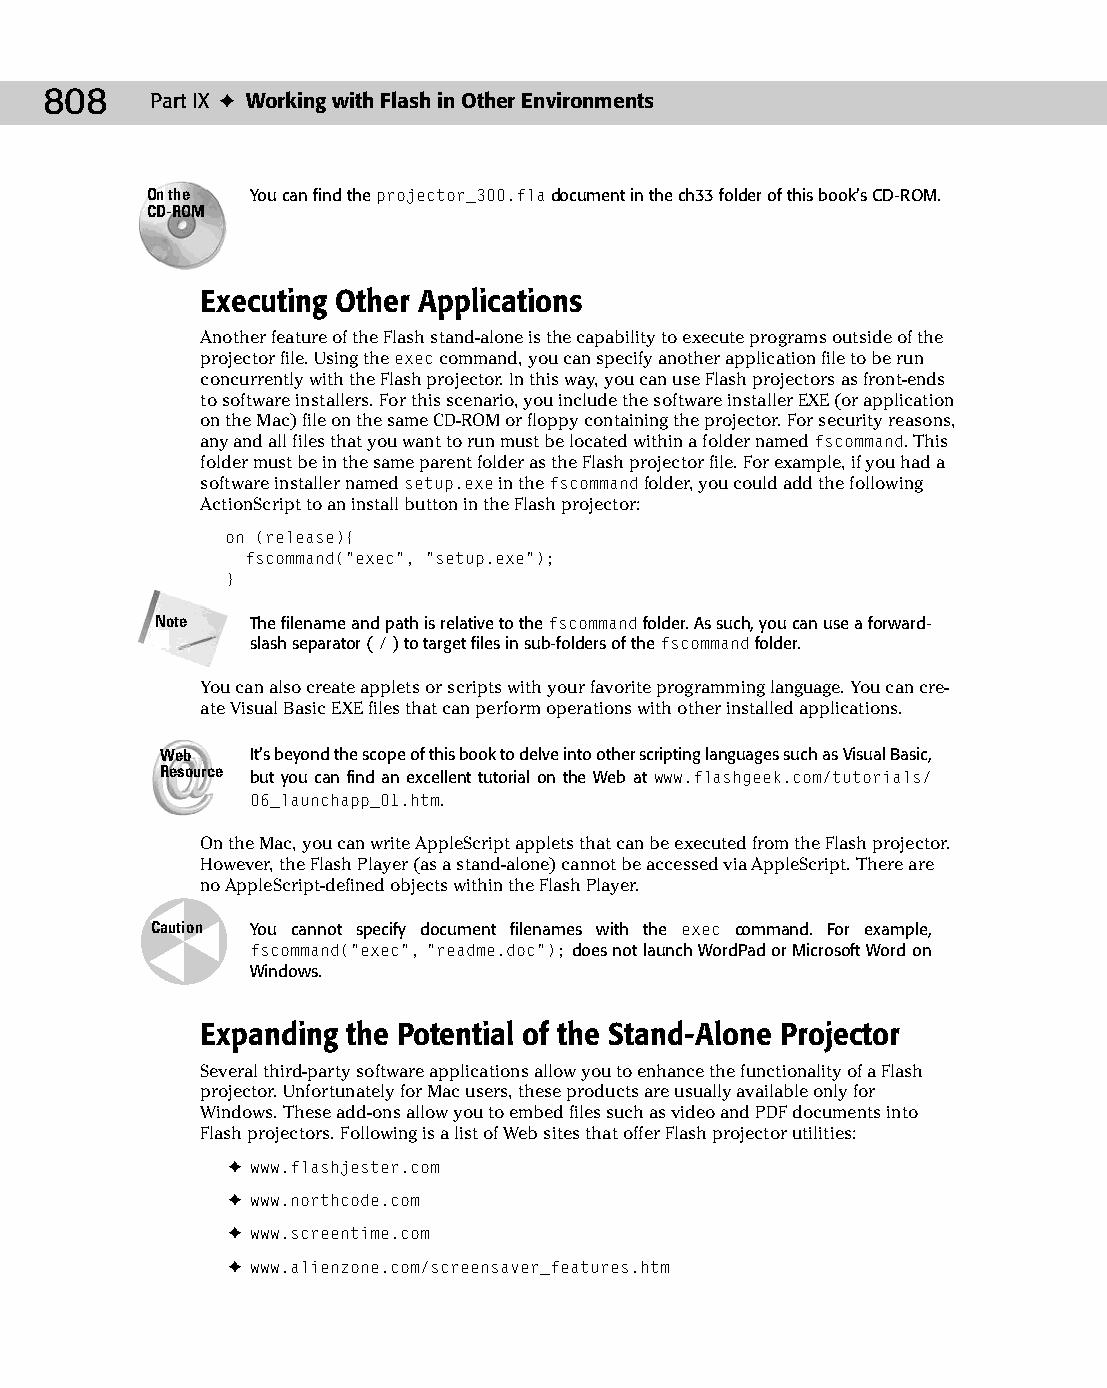
43 543547 ch33.qxd 3/24/04 4:16 PM Page 808
 808    Part IX ✦ Working with Flash in Other Environments
 On the You can find the projector_300.fla document in the ch33 folder of this book’s CD-ROM.
 CD-ROM
 Executing Other Applications
 Another feature of the Flash stand-alone is the capability to execute programs outside of the
 projector file. Using the exec command, you can specify another application file to be run
 concurrently with the Flash projector. In this way, you can use Flash projectors as front-ends
 to software installers. For this scenario, you include the software installer EXE (or application
 on the Mac) file on the same CD-ROM or floppy containing the projector. For security reasons,
 any and all files that you want to run must be located within a folder named fscommand. This
 folder must be in the same parent folder as the Flash projector file. For example, if you had a
 software installer named setup.exe in the fscommand folder, you could add the following
 ActionScript to an install button in the Flash projector:
 on (release){
 fscommand(“exec”, “setup.exe”);
 }
 Note   The filename and path is relative to the fscommand folder. As such, you can use a forward-
 slash separator ( / ) to target files in sub-folders of the fscommand folder.
 You can also create applets or scripts with your favorite programming language. You can cre­
 ate Visual Basic EXE files that can perform operations with other installed applications.
 Web   It’s beyond the scope of this book to delve into other scripting languages such as Visual Basic,
 Resource but you can find an excellent tutorial on the Web at www.flashgeek.com/tutorials/
 06_launchapp_01.htm.
 On the Mac, you can write AppleScript applets that can be executed from the Flash projector.
 However, the Flash Player (as a stand-alone) cannot be accessed via AppleScript. There are
 no AppleScript-defined objects within the Flash Player.
 Caution You cannot specify document filenames with the exec command. For example,
 fscommand(“exec”, “readme.doc”); does not launch WordPad or Microsoft Word on
 Windows.
 Expanding the Potential of the Stand-Alone Projector
 Several third-party software applications allow you to enhance the functionality of a Flash
 projector. Unfortunately for Mac users, these products are usually available only for
 Windows. These add-ons allow you to embed files such as video and PDF documents into
 Flash projectors. Following is a list of Web sites that offer Flash projector utilities:
 ✦ www.flashjester.com
 ✦ www.northcode.com
 ✦ www.screentime.com
 ✦ www.alienzone.com/screensaver_features.htm